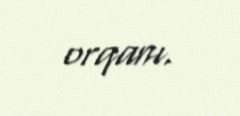
orqanı.